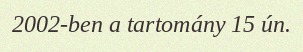
2002-ben a tartomány 15 ún.